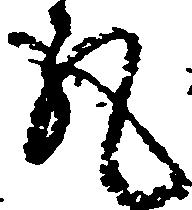
丸